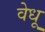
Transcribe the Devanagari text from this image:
वेधू